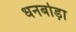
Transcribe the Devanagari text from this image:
धनबोड़ा